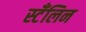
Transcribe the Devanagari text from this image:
स्टँलिन